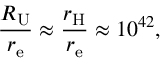
{ \frac { R _ { \mathrm { U } } } { r _ { \mathrm { e } } } } \approx { \frac { r _ { \mathrm { H } } } { r _ { \mathrm { e } } } } \approx 1 0 ^ { 4 2 } ,